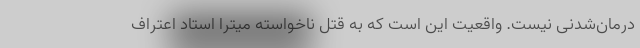
درمان‌شدنی نیست. واقعیت این است که به قتل ناخواسته میترا استاد اعتراف